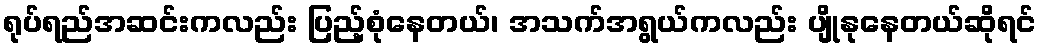
ရုပ်ရည်အဆင်းကလည်း ပြည့်စုံနေတယ်၊ အသက်အရွယ်ကလည်း ပျိုနုနေတယ်ဆိုရင်